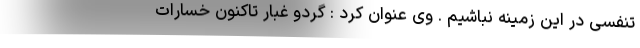
تنفسی در این زمینه نباشیم . وی عنوان کرد : گردو غبار تاکنون خسارات